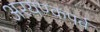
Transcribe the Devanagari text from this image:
अरयण्कपर्व